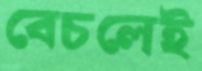
বেচলেই